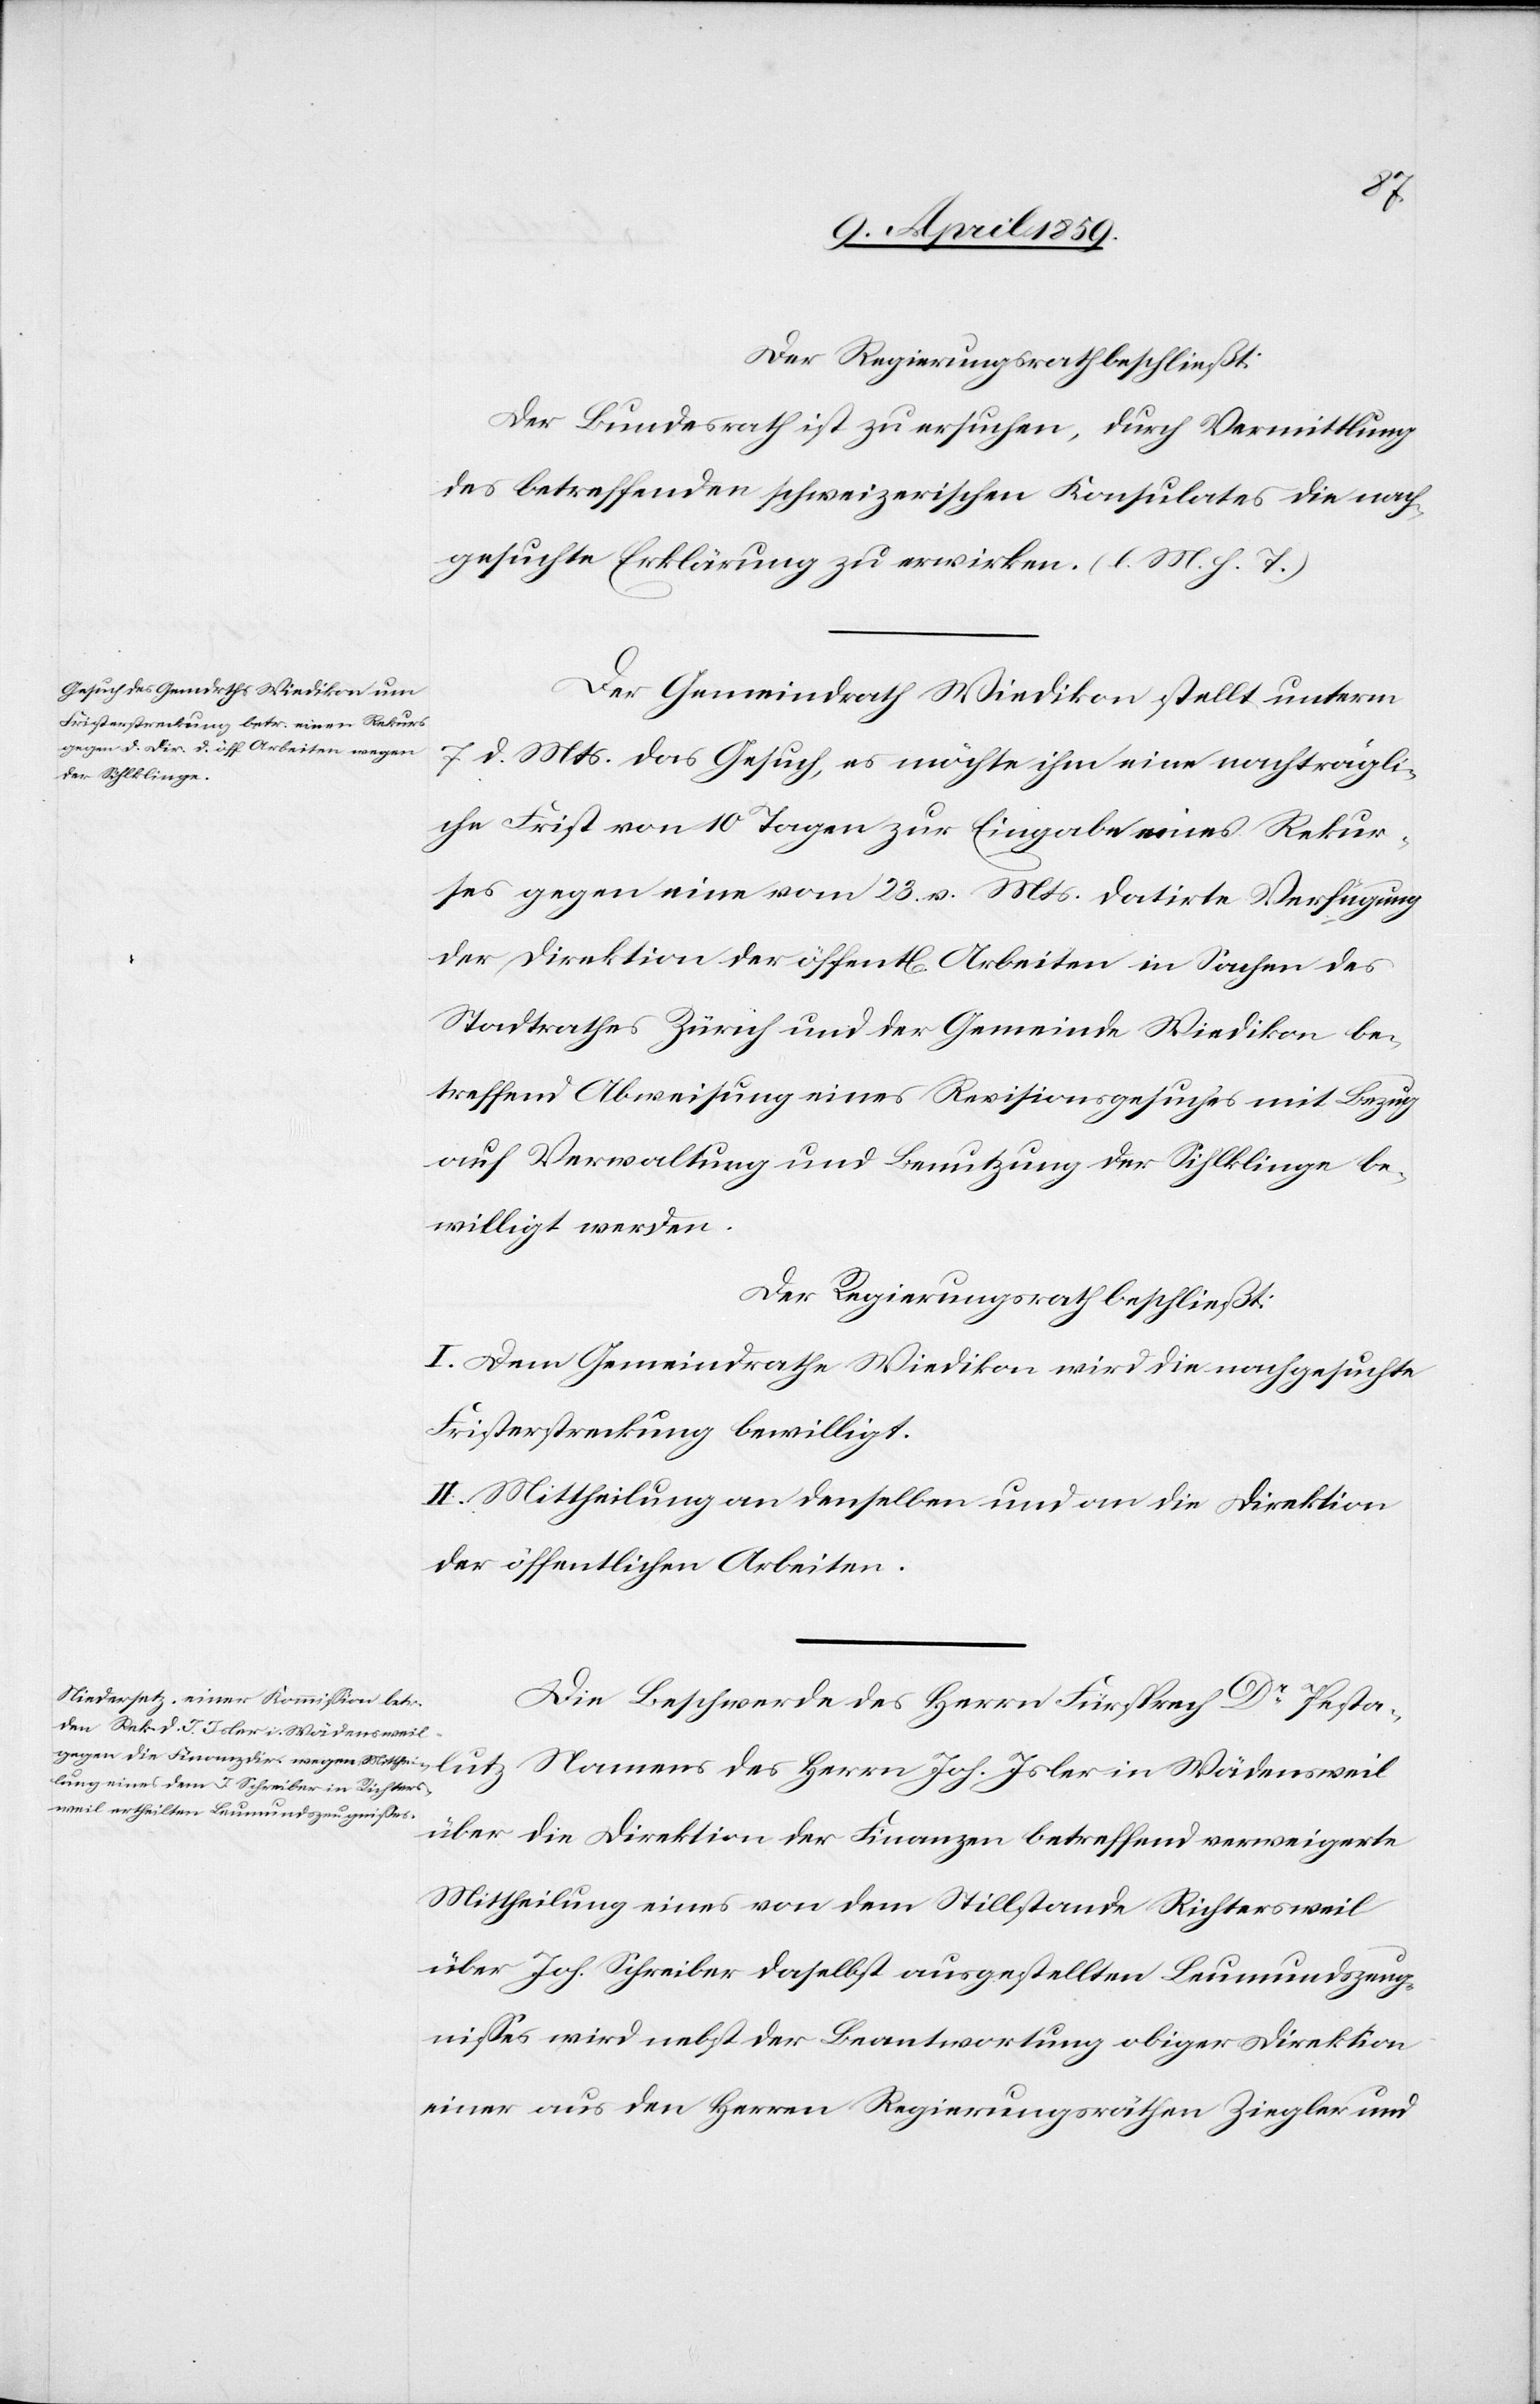
lutz
Der Bundesrath ist zu ersuchen, durch Vermittlung
des betreffenden schweizerischen Konsulates die nach¬
gesuchte Erklärung zu erwirken. (l. M. h. T.)
Der Gemeindrath Wiedikon stellt unterm
7. d. Mts. das Gesuch, es möchte ihm eine nachträgli¬
che Frist von 10 Tagen zur Eingabe eines Rekur¬
ses gegen eine vom 23. v. Mts. datirte Verfügung
der Direktion der öffentlichen Arbeiten in Sachen des
Stadtrathes Zürich und der Gemeinde Wiedikon be¬
treffend Abweisung eines Revisionsgesuches mit Bezug
auf Verwaltung und Benutzung der Sihlklinge be¬
willigt werden.
Der Regierungsrath beschließt:
I. Dem Gemeindrathe Wiedikon wird die nachgesuchte
Fristerstreckung bewilligt.
II. Mittheilung an denselben und an die Direktion
der öffentlichen Arbeiten.
Die Beschwerde des Herrn Fürsprech Dr. Pesta¬
des Herrn Joh. Isler in Wädensweil
über die Direktion der Finanzen betreffend verweigerte
Mittheilung eines von dem Stillstande Richtersweil
über Joh. Schreiber daselbst ausgestellten Leumundszeug¬
nißes wird nebst der Beantwortung obiger Direktion
einer aus den Herren Regierungsräthen Ziegler und